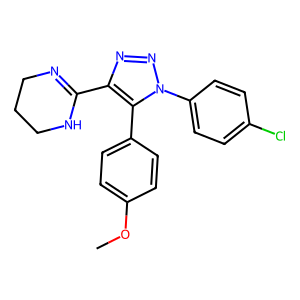
SMILES: COc1ccc(-c2c(C3=NCCCN3)nnn2-c2ccc(Cl)cc2)cc1
Inhibits HIV replication: No